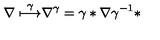
\frac { \nabla \buildrel \gamma } { \longmapsto \nabla ^ { \gamma } = \gamma * \nabla \gamma ^ { - 1 } * }